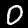
Digit: 0